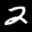
Label: 2